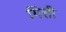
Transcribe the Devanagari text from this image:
गित्ती